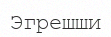
Эгрешши